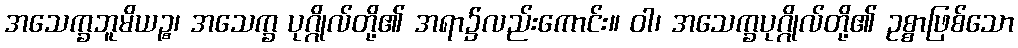
အသေက္ခဘူမိယဉ္စ၊ အသေက္ခ ပုဂ္ဂိုလ်တို့၏ အရာ၌လည်းကောင်း။ ဝါ၊ အသေက္ခပုဂ္ဂိုလ်တို့၏ ဥစ္စာဖြစ်သော